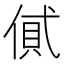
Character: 𠌗